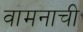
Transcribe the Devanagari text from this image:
वामनाची